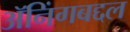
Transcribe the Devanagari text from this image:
ॲनिंगबद्दल